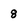
Character: 8